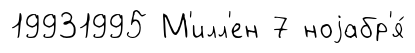
19931995 М'илл'ен 7 ноjабр'я́